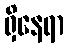
ရှိနေရာ